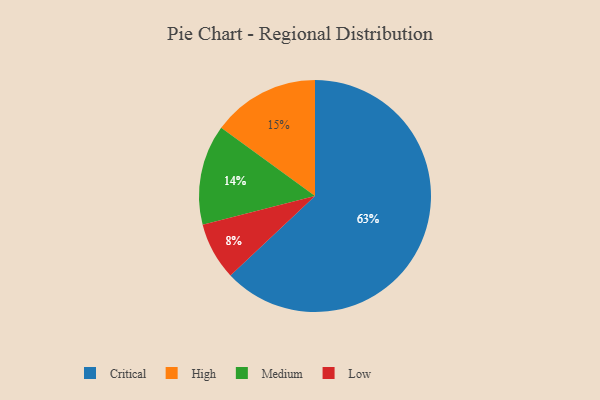
{"axis": {"x": "Category", "y": "Percentage"}, "legend": ["Critical", "High", "Low", "Medium"], "data": [{"x": "Medium", "y": 14, "type": "Medium"}, {"x": "Low", "y": 8, "type": "Low"}, {"x": "Critical", "y": 63, "type": "Critical"}, {"x": "High", "y": 15, "type": "High"}]}